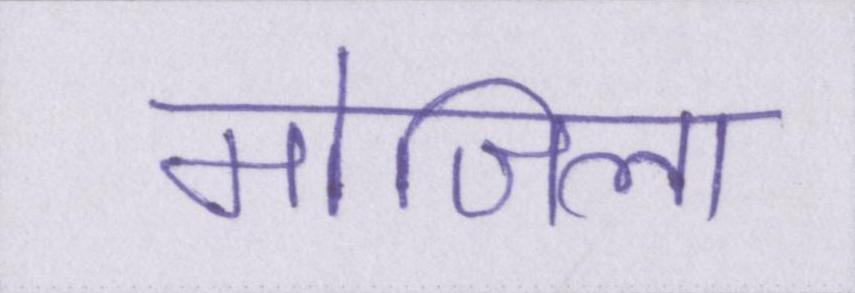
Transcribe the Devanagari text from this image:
मोजिला